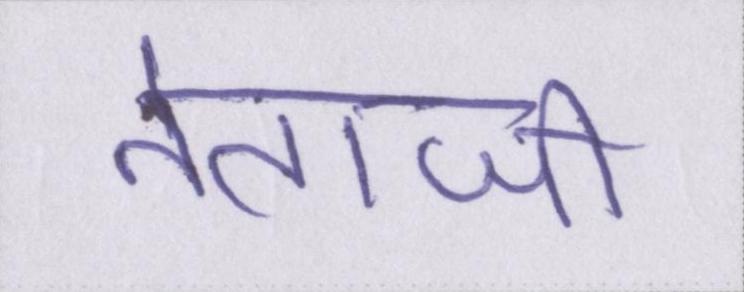
नेताजी